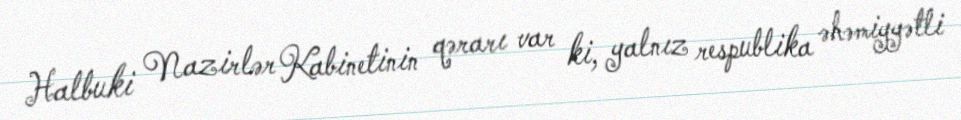
Halbuki Nazirlər Kabinetinin qərarı var ki, yalnız respublika əhəmiyyətli